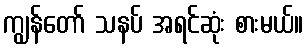
ကျွန်တော် သနပ် အရင်ဆုံး စားမယ်။